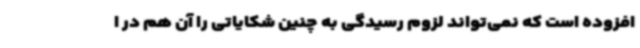
افزوده است که نمی‌تواند لزوم رسیدگی به چنین شکایاتی را آن هم در ا